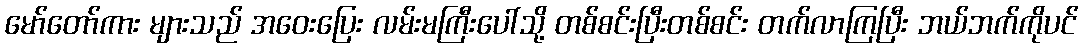
မော်တော်ကား များသည် အဝေးပြေး လမ်းမကြီးပေါ်သို့ တစ်စင်းပြီးတစ်စင်း တက်လာကြပြီး ဘယ်ဘက်ကိုပင်